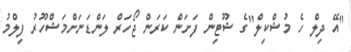
"އޭ ދިލް ހެ މުޝްކިލް"ގެ ޝޫޓިން ފަށަން ކަރަން ޖޯހަރް ލަންޑަނަށްމަޝްހޫރު ފިލްމު